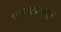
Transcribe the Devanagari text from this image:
पलक्काडहून